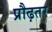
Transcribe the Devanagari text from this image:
प्रौढ़तर